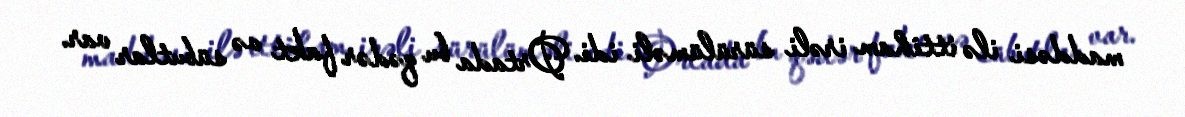
maddəsi ilə ittiham irəli sürülüməli idi. Ortada bu qədər fakt və sübutlar var.